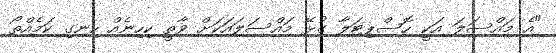
"އެ މައްސަލަ އަކީ ހޮސްޕިޓަލާ ގުޅޭ މައްސަލައަކަށް ވާތީ ކިހިނެއް ހިނގި ކަމެއްތޯ